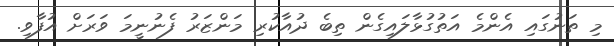
މި ތަނުގައި އެންމެ އަތުގުޅާލައިގެން ތިބެ ދުއާކުރި މަންޒަރު ފެނުނީމަ ވަރަށް އުފާވި.